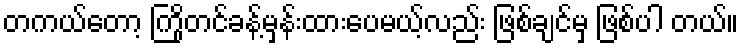
တကယ်တော့ ကြိုတင်ခန့်မှန်းထားပေမယ့်လည်း ဖြစ်ချင်မှ ဖြစ်ပါ တယ်။